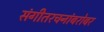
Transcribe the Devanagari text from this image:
संगीतरचनांबरोबर